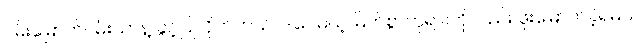
ဝမ်းမြောက်ဝမ်းသာနဲ့ ခွင့်ပြုလိုက်တယ်၊ ဒါပေမယ့် မြတ်စွာဘုရားကိုလည်း ဖူးမြောက်ခဲ့ရမယ်